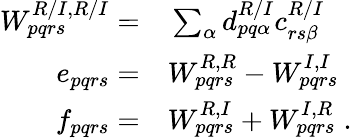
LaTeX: \begin{array}{rl}{W_{pqrs}^{R/I,R/I}=}&{{}\sum_{\alpha}d_{pq\alpha}^{R/I}c_{rs\beta}^{R/I}}\\ {e_{pqrs}=}&{{}W_{pqrs}^{R,R}-W_{pqrs}^{I,I}}\\ {f_{pqrs}=}&{{}W_{pqrs}^{R,I}+W_{pqrs}^{I,R}\; .}\end{array}